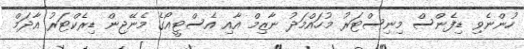
ހުންނެވި ޑިފެންސް މިނިސްޓަރު މުހައްމަދު ނާޒިމް އާއި އެސްޓީއޯގެ މެނޭޖިން ޑިރެކްޓަރު އާދަމް